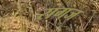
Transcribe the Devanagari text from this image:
रागज